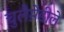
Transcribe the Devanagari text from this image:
चुलैमे़डीले